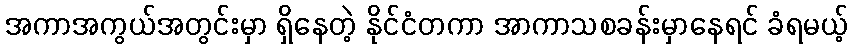
အကာအကွယ်အတွင်းမှာ ရှိနေတဲ့ နိုင်ငံတကာ အာကာသစခန်းမှာနေရင် ခံရမယ့်